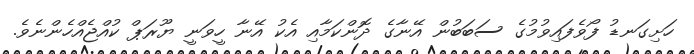
ހަށިގަނޑު ފޯވެފައިވުމުގެ ސަބަބުން އޭނާގެ ދޮންކަމާއި އެކު އޭނާ ހީވަނީ ޔޫރަޕް ކުއްޖެއްހެންނެވެ.